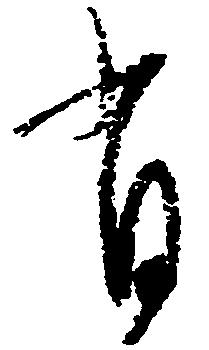
有